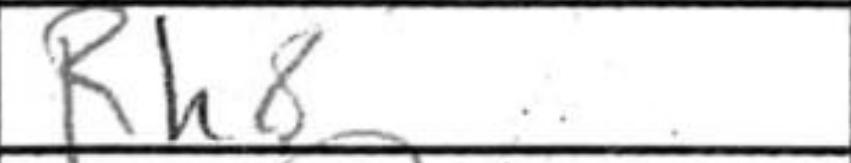
Transcription: Rh8